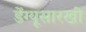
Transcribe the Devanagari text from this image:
डेंग्यूसारखी